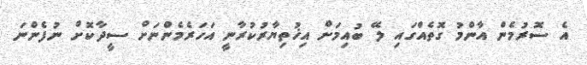
އެ ސޮރުމެން އާންމު ގޮތެއްގައި ލޭ ބުއިމަށް އިޚުތިޔާރުކުރާނީ އަހަރެމެންނަށް ސީދާކޮށް ނުފެންނަ